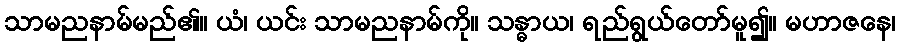
သာမညနာမ်မည်၏။ ယံ၊ ယင်း သာမညနာမ်ကို။ သန္ဓာယ၊ ရည်ရွယ်တော်မူ၍။ မဟာဇနေ၊